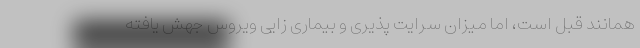
همانند قبل است، اما میزان سرایت پذیری و بیماری زایی ویروس جهش یافته